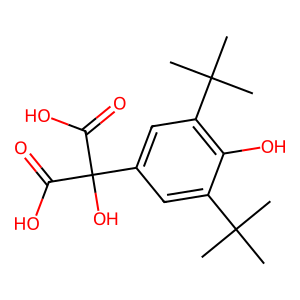
SMILES: CC(C)(C)c1cc(C(O)(C(=O)O)C(=O)O)cc(C(C)(C)C)c1O
Inhibits HIV replication: No